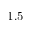
1 . 5